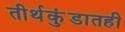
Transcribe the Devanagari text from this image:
तीर्थकुंडातही